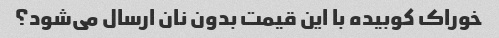
خوراک کوبیده با این قیمت بدون نان ارسال می‌شود؟